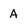
Character: A